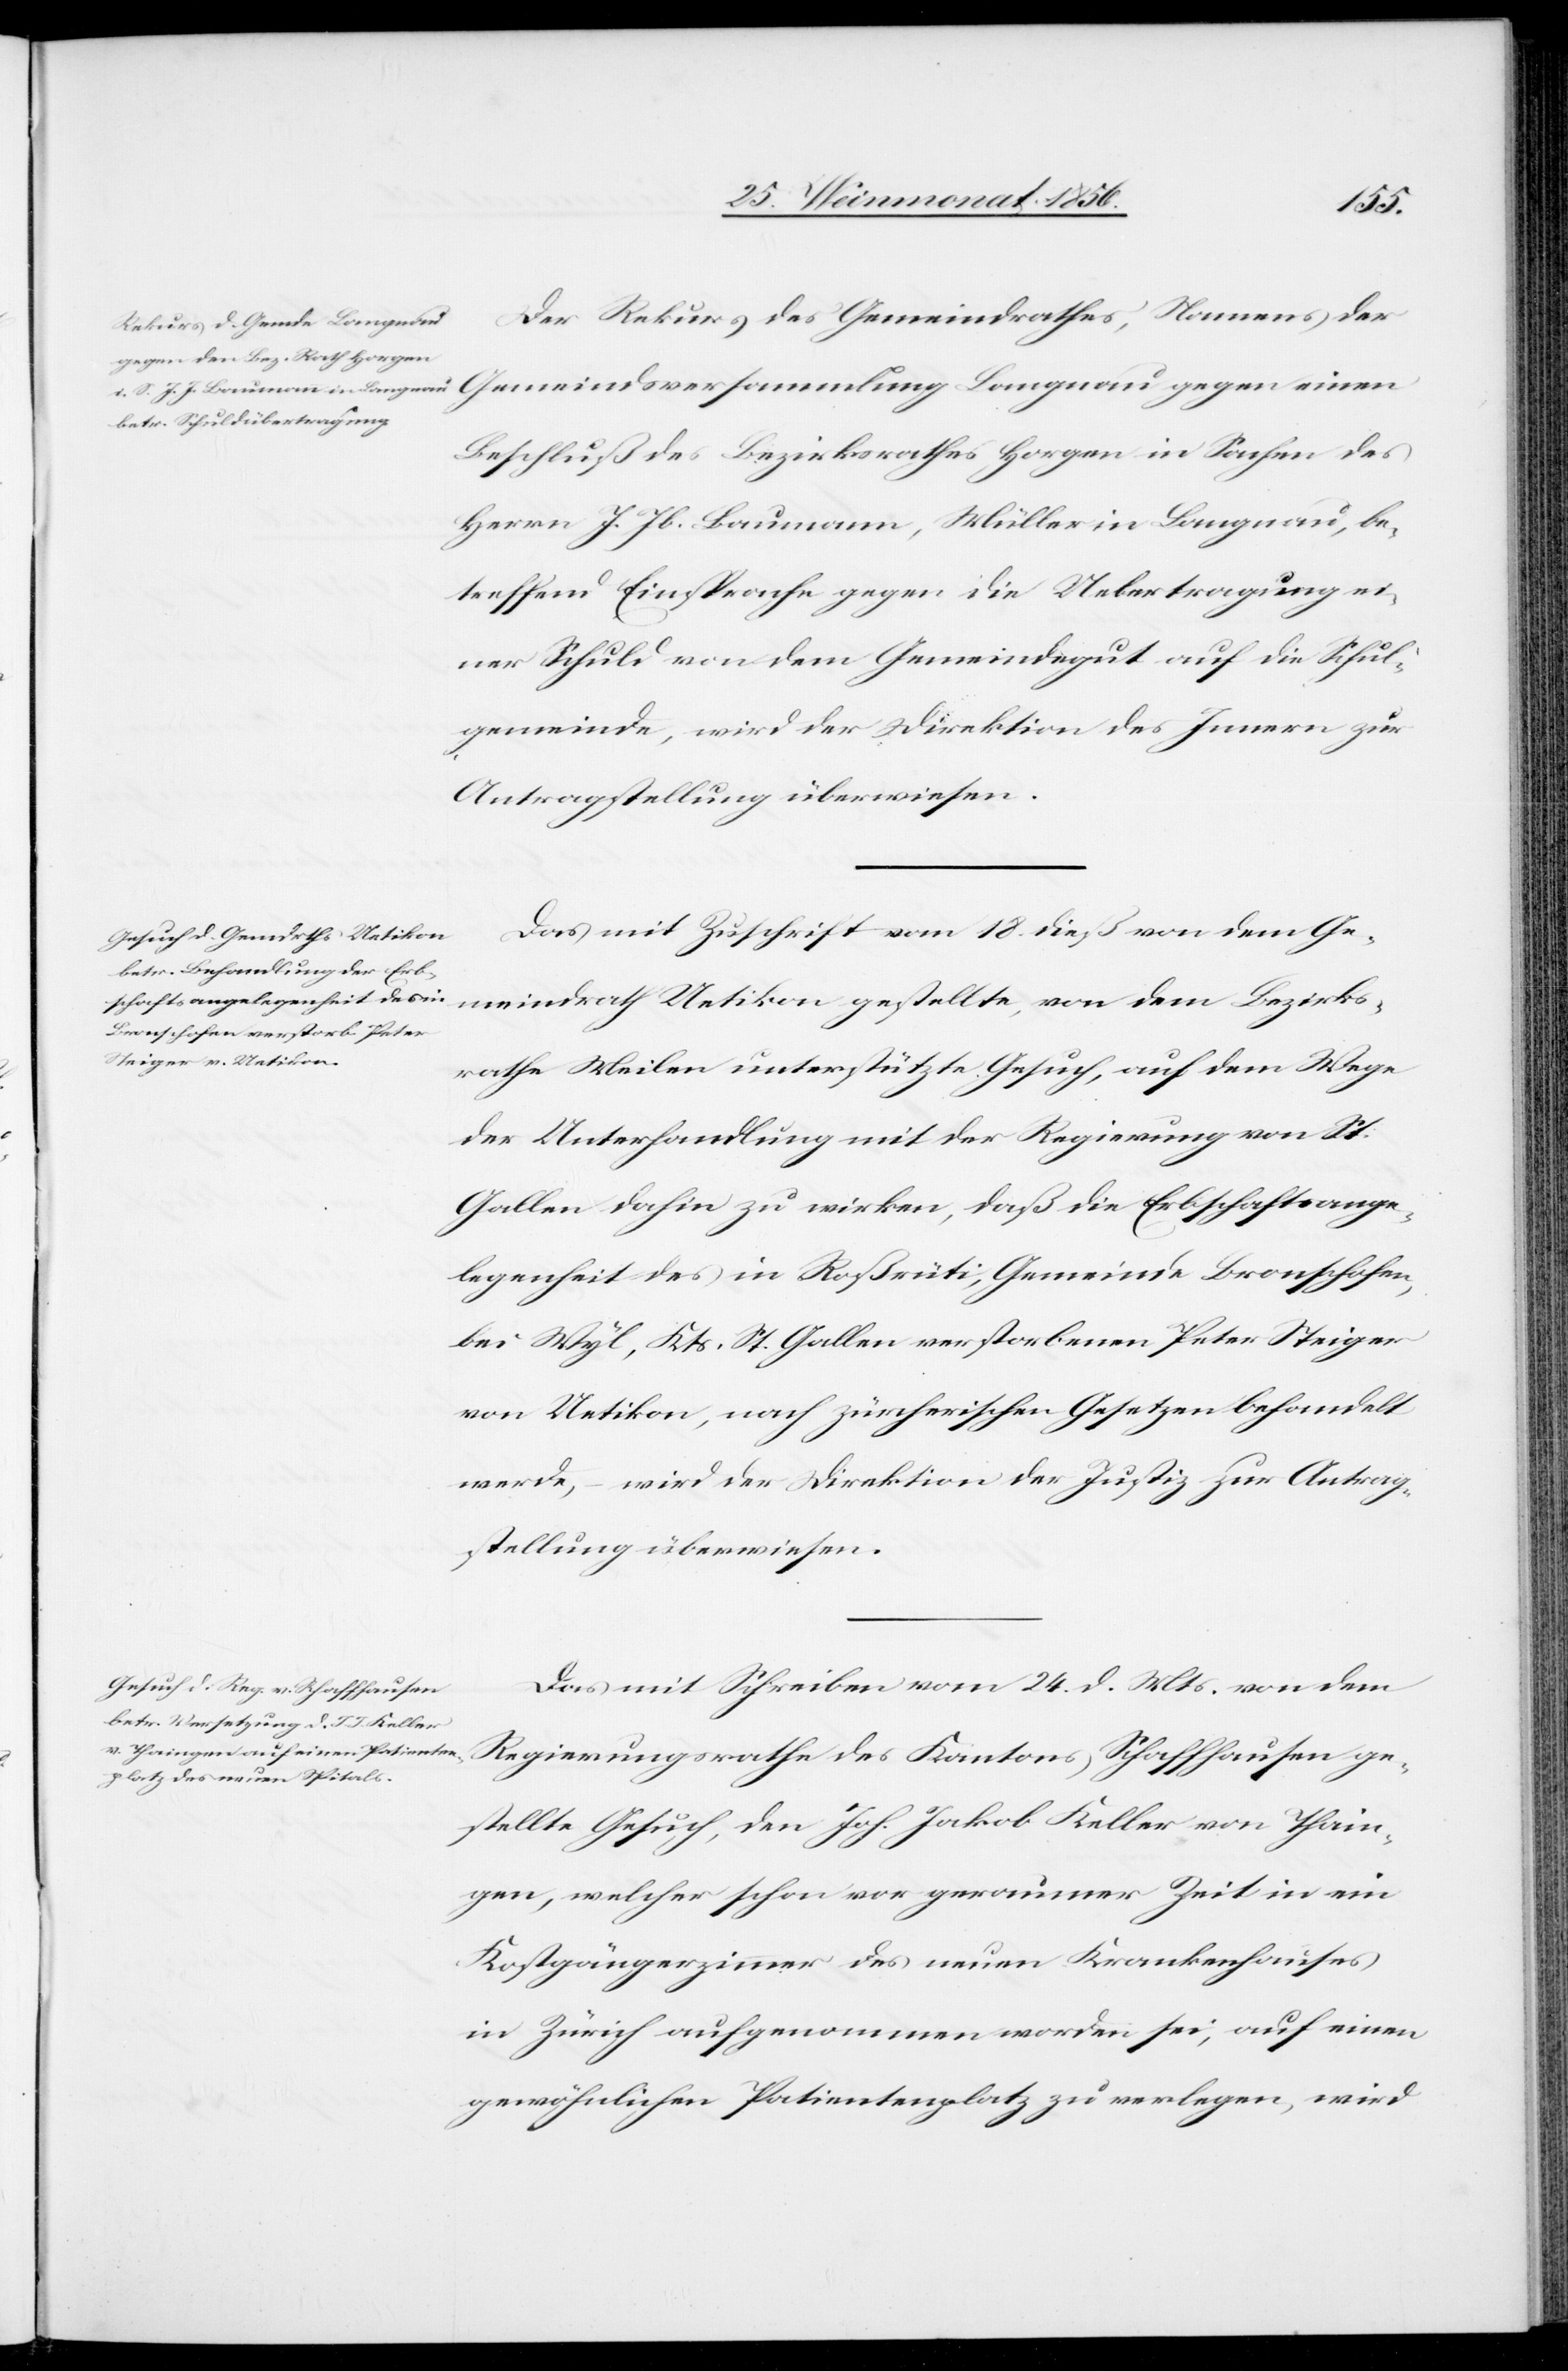
27. Weinmonat 1856.]
Der Rekurs des Gemeindrathes, Namens der
Gemeindsversammlung Langnau gegen einen
Beschluß des Bezirksrathes Horgen in Sachen des
Herrn J. Jb. Baumann, Müller in Langnau, be¬
treffend Einsprache gegen die Uebertragung ei¬
ner Schuld von dem Gemeindegut auf die Schul¬
gemeinde, wird der Direktion des Innern zur
Antragstellung überwiesen.
Das mit Zuschrift vom 18. dieß von dem Ge¬
meindrath Uetikon gestellte, von dem Bezirks¬
rathe Meilen unterstützte Gesuch, auf dem Wege
der Unterhandlung mit der Regierung von St.
Gallen dahin zu wirken, daß die Erbschaftsange¬
legenheit des in Roßrüti, Gemeinde Bronschofen,
bei Wyl, Kts. St. Gallen verstorbenen Peter Steiger
von Uetikon, nach zürcherischen Gesetzen behandelt
werde, – wird der Direktion der Justiz zur Antrag¬
stellung überwiesen.
Das mit Schreiben vom 24. d. Mts. von dem
Regierungsrathe des Kantons Schaffhausen ge¬
stellte Gesuch, den Joh. Jakob Keller von Thain¬
gen, welcher schon vor geraumer Zeit in ein
Kostgängerzimmer des neuen Krankenhauses
in Zürich aufgenommen worden sei, auf einen
gewöhnlichen Patientenplatz zu verlegen, wird